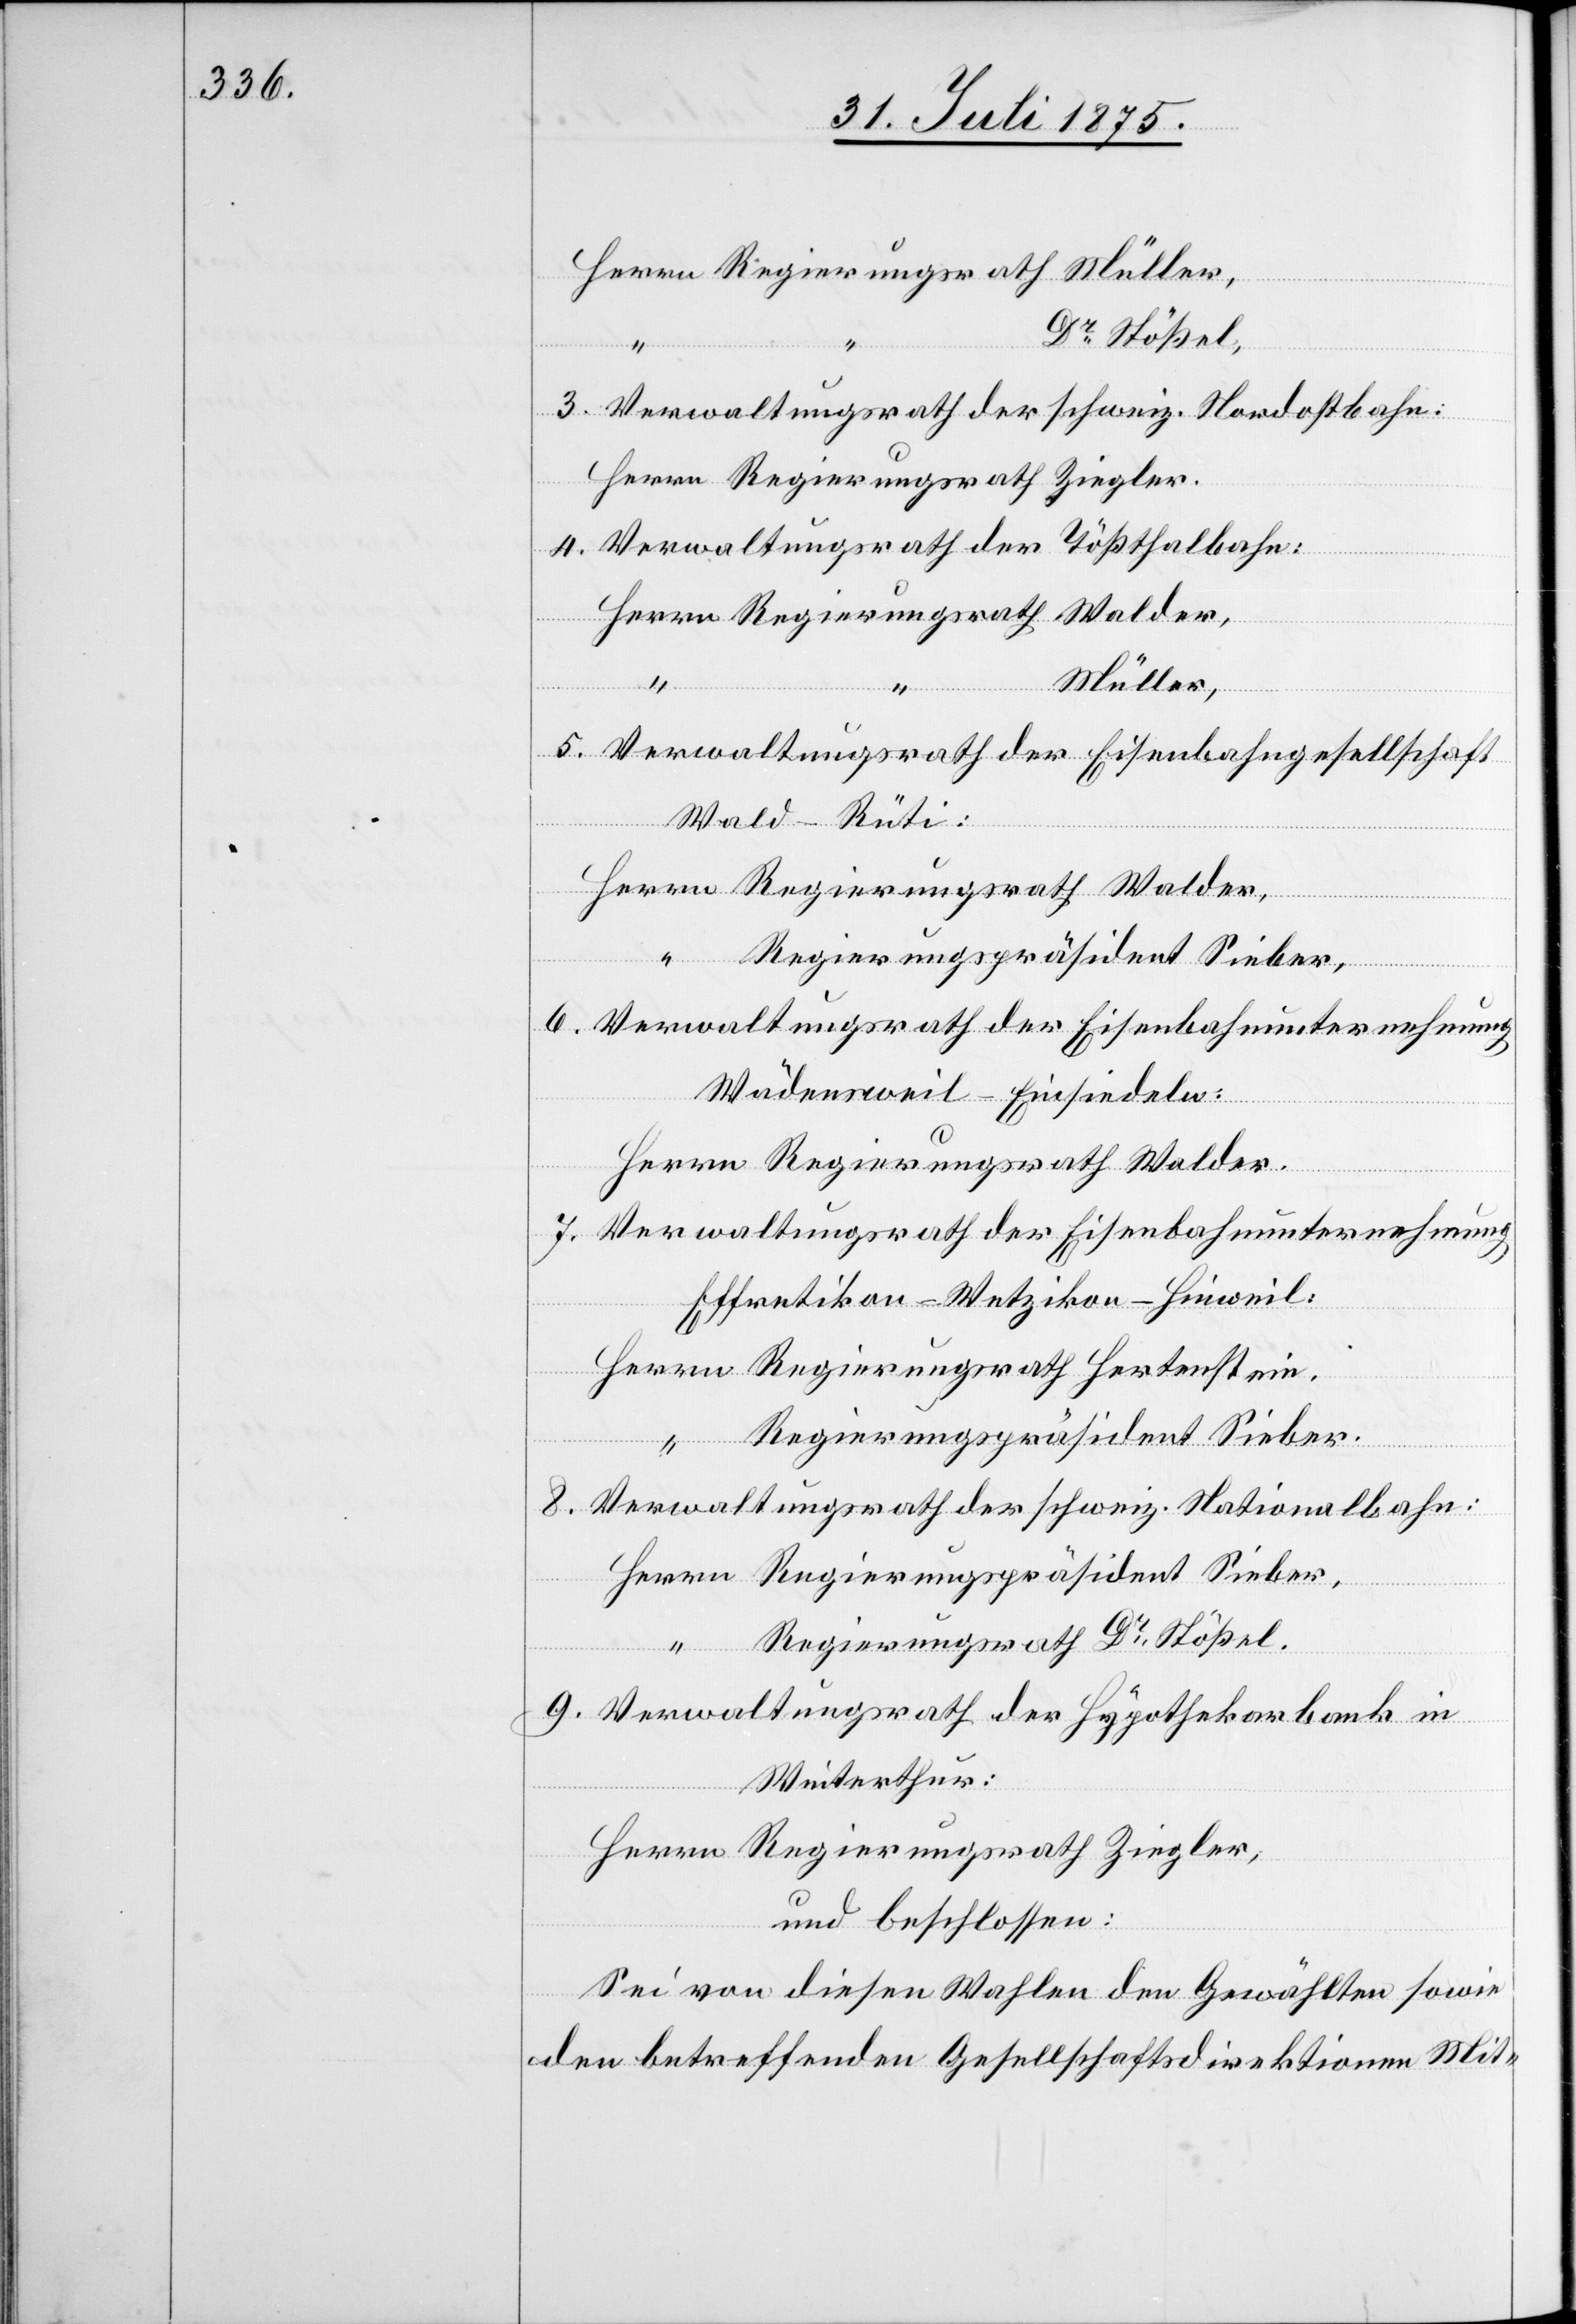
Herrn
Dr Stößel,
tein,
3. Verwaltungsrath der schweiz. Nordostbahn:
Herrn Regierungsrath Ziegler.
4. Verwaltungsrath der Tößthalbahn:
Müller,
5. Verwaltungsrath der Eisenbahngesellschaft
Wald–Rüti:
6. Verwaltungsrath der Eisenbahnunternehmung
Wädensweil–Einsiedeln:
Herrn Regierungsrath Walder.
“
7. Verwaltungsrath der Eisenbahnunternehmung
Effretikon–Wetzikon–Hinweil:
Regierungspräsident Sieber,
8. Verwaltungsrath der schweiz. Nationalbahn:
Regierungsrath Dr Stößel.
9. Verwaltungsrath der Hypothekarbank in
Winterthur:
Herrn Regierungsrath Ziegler,
und beschlossen:
Sei von diesen Wahlen den Gewählten sowie
den betreffenden Gesellschaftsdirektionen Mit-